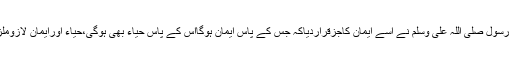
حیاء اسلام کے بنیادی رکن میں سے ایک اہم رکن ہے اسلام میں اس کی بڑی اہمیت ہے،اسی لئے اللہ کے رسول صلی اللہ علی وسلم نے اسے ایمان کاجزقراردیاکہ جس کے پاس ایمان ہوگااس کے پاس حیاء بھی ہوگی،حیاء اورایمان لازوملزوم ہیںچوں کہ انسان اس وقت انسانیت کی ساری حدیں پارکردیتاہے جب اس کے اندرحیاء نہیں ہوتی ہے۔